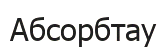
Абсорбтау